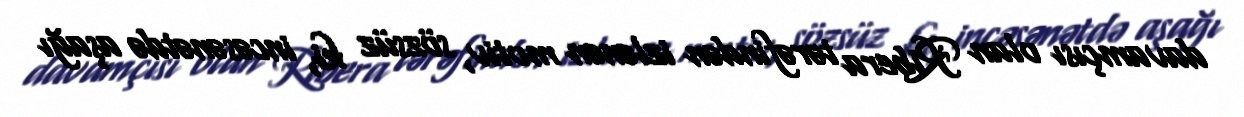
davamçısı olan Ribera tərəfindən izlənən motiv, sözsüz ki, incəsənətdə aşağı